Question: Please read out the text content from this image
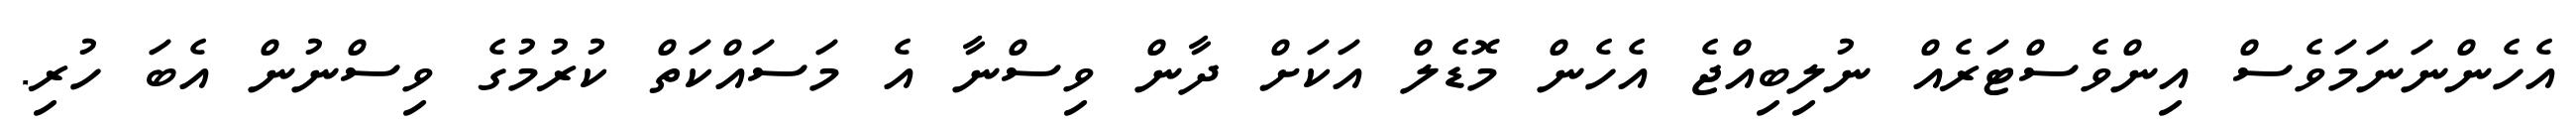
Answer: އެހެންނަނަމަވެސް އިންވެސްޓަރެއް ނުލިބިއްޖެ އެހެން މޮޑެލް އަކަށް ދާން ވިސްނާ އެ މަސައްކަތް ކުރުމުގެ ވިސްނުން އެބަ ހުރި.